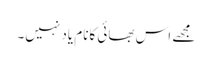
مجھے اس بھائی کانام یاد نہیں۔